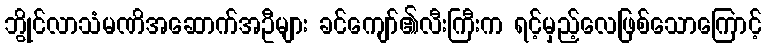
ဘွိုင်လာသံမဏိအဆောက်အဦများ ခင်ကျော်၏လီးကြီးက ရင့်မှည့်လေဖြစ်သောကြောင့်